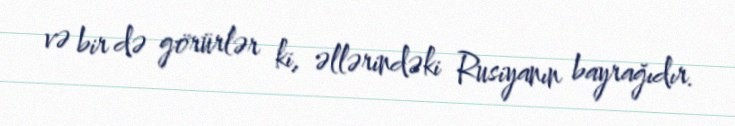
və bir də görürlər ki, əllərindəki Rusiyanın bayrağıdır.